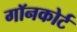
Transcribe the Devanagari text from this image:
गॉनकोर्ट